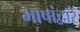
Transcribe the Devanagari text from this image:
भाषांद्वारे